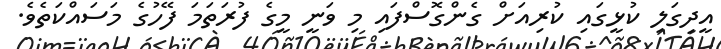
އީދިގަލި ކުޅީގައި ކުރިއަށް ގެންގޮސްފައި މި ވަނީ މީގެ ފުރަތަމަ ފޭހުގެ މަސައްކަތެވެ.